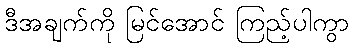
ဒီအချက်ကို မြင်အောင် ကြည့်ပါကွာ